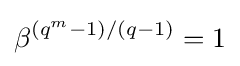
\beta ^{(q^{m}-1)/(q-1)}=1